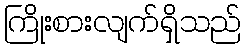
ကြိုးစားလျက်ရှိသည်